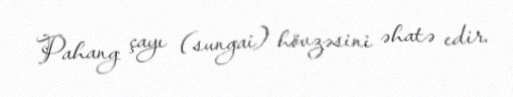
Pahang çayı (sungai) hövzəsini əhatə edir.